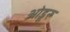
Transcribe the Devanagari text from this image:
ओडूरु